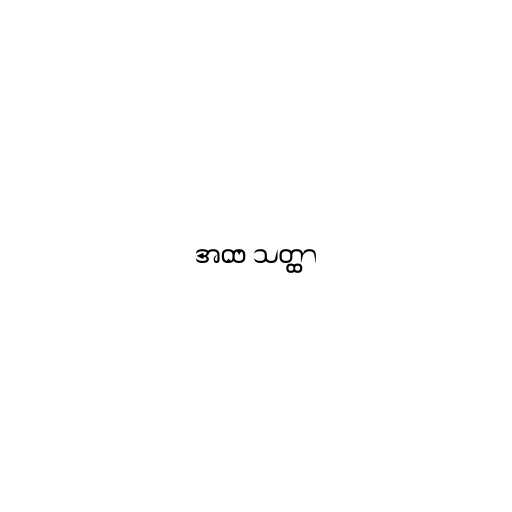
အထ သတ္ထာ